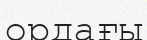
ордағы